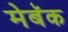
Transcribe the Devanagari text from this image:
मेबॅक